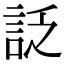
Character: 𧦟